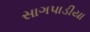
સાગપાડીયા